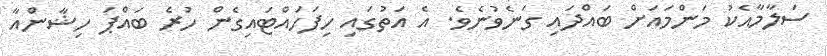
ސަލާމާއެކު މަންމައަށް ބައްދައި ގަނެވުނެވެ. އެ އަތުގައި ހިފަހައްޓައިގެން ހުރެ ބައްޕަ ހިޝާންއާ